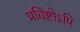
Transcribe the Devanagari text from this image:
प्रविष्टोऽपि